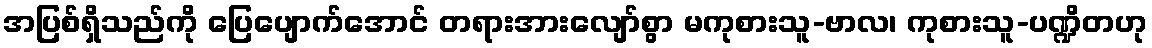
အပြစ်ရှိသည်ကို ပြေပျောက်အောင် တရားအားလျော်စွာ မကုစားသူ-ဗာလ၊ ကုစားသူ-ပဏ္ဍိတဟု